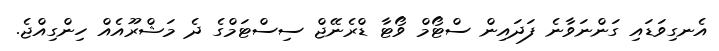
އެނގިވަޑައި ގަންނަވާނެ ފަދައިން ސްޓޯމް ވޯޓާ ޑްރެނޭޖް ސިސްޓަމްގެ ދެ މަޝްރޫއެއް ހިންގިއްޖެ.